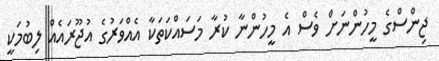
ޖިންސްގެ މީހުންނަށް ވެސް އެ މީހުންނާ ކުރާ މަސައްކަތަކާ އެއްވަރުގެ އުޖޫރައެއް ލިބުމަކީ